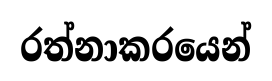
රත්නාකරයෙන්